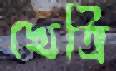
খেত্রি